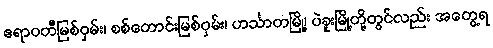
ဧရာဝတီမြစ်ဝှမ်း၊ စစ်တောင်းမြစ်ဝှမ်း၊ ဟင်္သာတမြို့၊ ပဲခူးမြို့တို့တွင်လည်း အတွေ့ရ